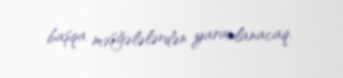
başqa məşğələlərdən yararlanacaq.